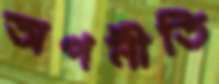
অপনীতি